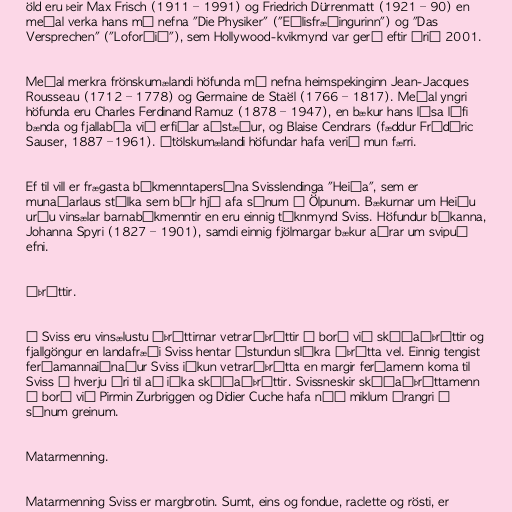
öld eru þeir Max Frisch (1911 – 1991) og Friedrich Dürrenmatt (1921 – 90) en
meðal verka hans má nefna "Die Physiker" ("Eðlisfræðingurinn") og "Das
Versprechen" ("Loforðið"), sem Hollywood-kvikmynd var gerð eftir árið 2001.

Meðal merkra frönskumælandi höfunda má nefna heimspekinginn Jean-Jacques
Rousseau (1712 – 1778) og Germaine de Staël (1766 – 1817). Meðal yngri
höfunda eru Charles Ferdinand Ramuz (1878 – 1947), en bækur hans lýsa lífi
bænda og fjallabúa við erfiðar aðstæður, og Blaise Cendrars (fæddur Frédéric
Sauser, 1887 –1961). Ítölskumælandi höfundar hafa verið mun færri.

Ef til vill er frægasta bókmenntapersóna Svisslendinga "Heiða", sem er
munaðarlaus stúlka sem býr hjá afa sínum í Ölpunum. Bækurnar um Heiðu
urðu vinsælar barnabókmenntir en eru einnig táknmynd Sviss. Höfundur bókanna,
Johanna Spyri (1827 – 1901), samdi einnig fjölmargar bækur aðrar um svipuð
efni.

Íþróttir.

Í Sviss eru vinsælustu íþróttirnar vetraríþróttir á borð við skíðaíþróttir og
fjallgöngur en landafræði Sviss hentar ástundun slíkra íþrótta vel. Einnig tengist
ferðamannaiðnaður Sviss iðkun vetraríþrótta en margir ferðamenn koma til
Sviss á hverju ári til að iðka skíðaíþróttir. Svissneskir skíðaíþróttamenn
á borð við Pirmin Zurbriggen og Didier Cuche hafa náð miklum árangri í
sínum greinum.

Matarmenning.

Matarmenning Sviss er margbrotin. Sumt, eins og fondue, raclette og rösti, er